Report of the Bombay Plague Committee
Disease focus: Plague
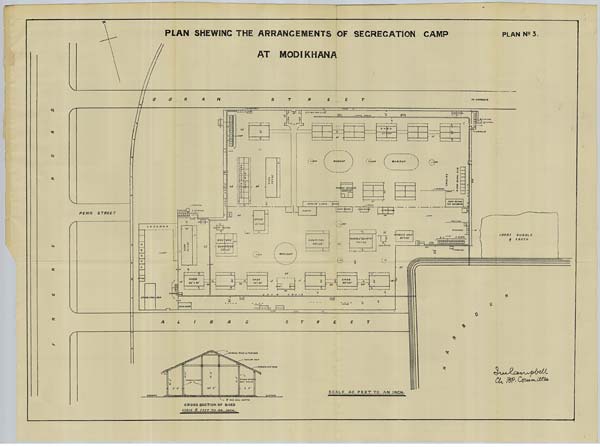
PLAN No: 3.
PLAN SHEWING THE ARRANGEMENTS OF SEGREGATION CAMP
AT MODIKHANA